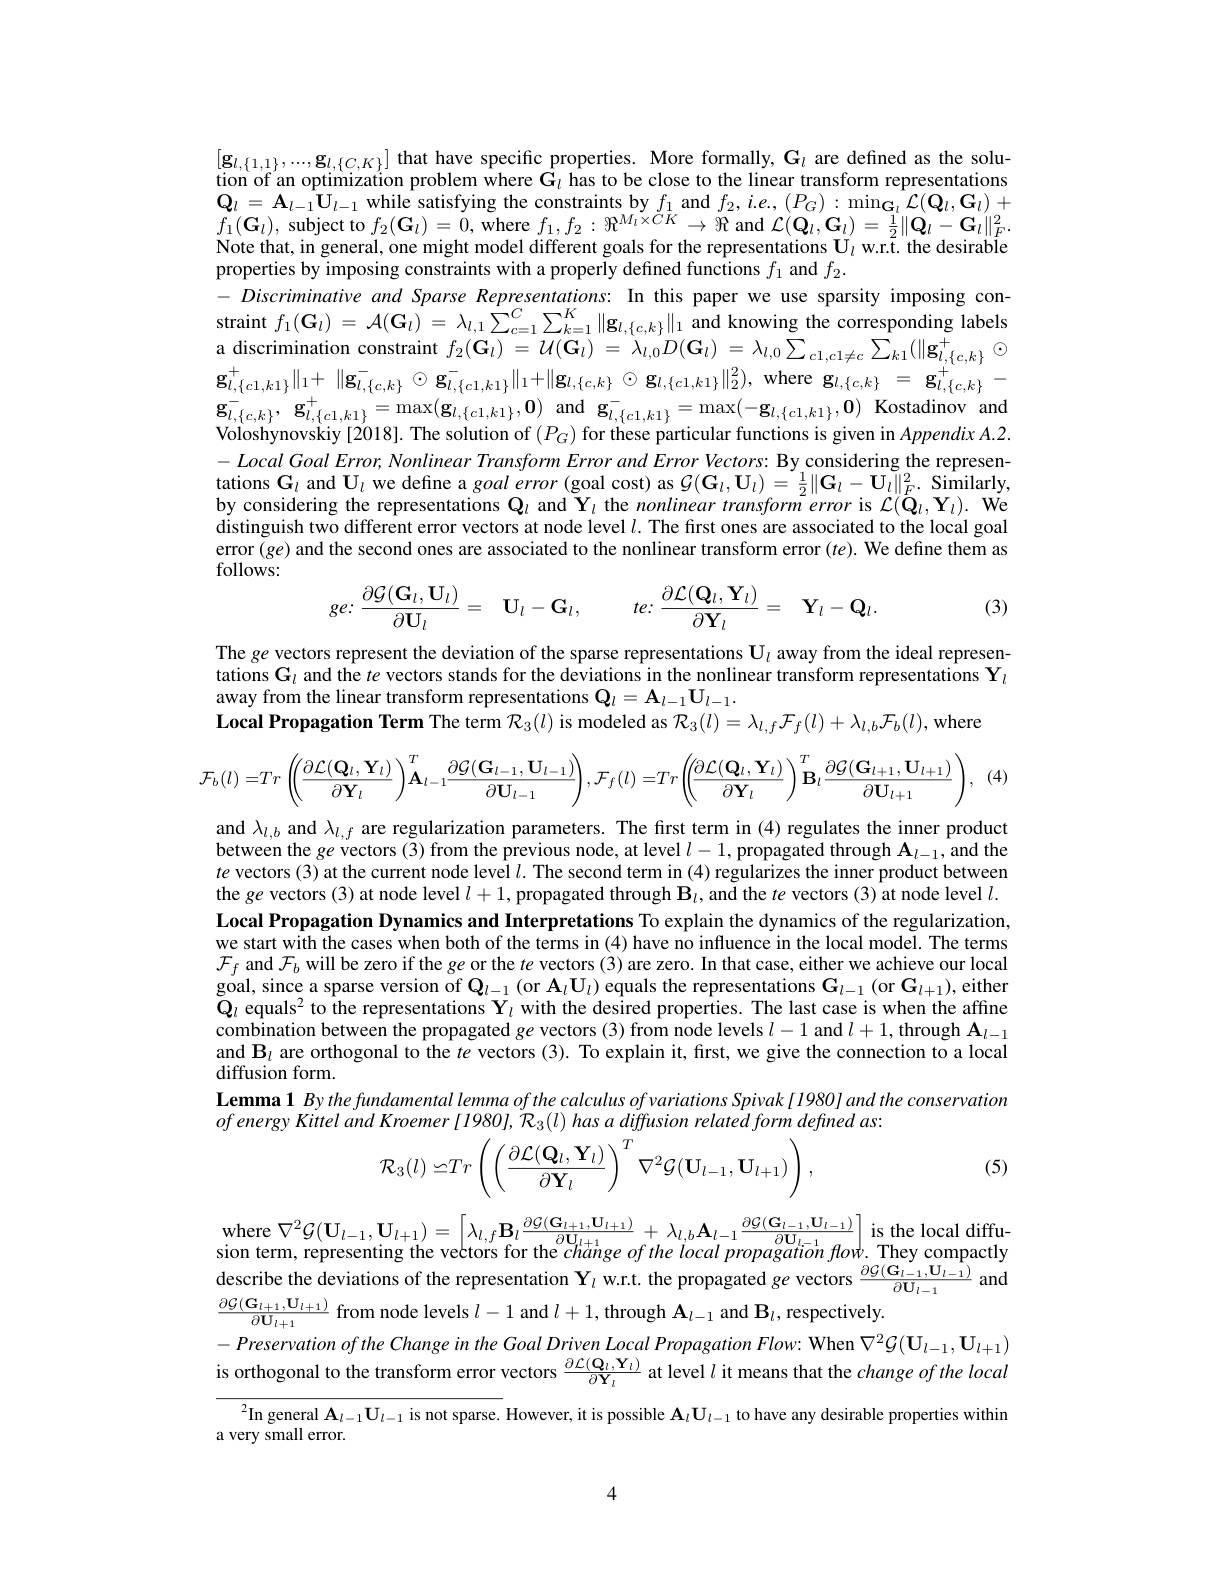
$[\mathbf{g}_{l,\{1,1\}},...,\mathbf{g}_{l,\{C,K\}}]$ that have specific properties. More formally, G$_l$ are defined as the solution of an optimization problem where $\mathbf{G}_{\iota}$ has to be close to the linear transform representations $\mathbf{Q}_{l}=\mathbf{A}_{l-1}\mathbf{U}_{l-1}$ while satisfying the constraints by $f_1$ and $f_2,i.e.,(P_G):\min_{{\mathbf{G}_l}}\mathcal{L}(\mathbf{Q}_l,\mathbf{G}_l)+$ $f_{1}(\mathbf{G}_{l})$, subject to $f_2(\mathbf{G}_{l})=0$, where $f_1,f_2:\Re^{M_{l}\times CK}\to\Re$ and $\mathcal{L}(\mathbf{Q}_{l},\mathbf{G}_{l})=\frac12\|\mathbf{Q}_{l}-\mathbf{G}_{l}\|_{F}^{2}.$ Note that, in general, one might model different goals for the representations $\mathbf{U}_l$ w.r.t. the desirable properties by imposing constraints with a properly defined functions $f_1$ and $f_2.$
- Discriminative and Sparse Representations: In this paper we use sparsity imposing constraint $f_1(\mathbf{G}_l)=\mathcal{A}(\mathbf{G}_l)=\lambda_{l,1}\sum_{c=1}^{C}\sum_{k=1}^{K}\|\mathbf{g}_{l,\{c,k\}}\|_{1}$ and knowing the corresponding labels a discrimination constraint $f_{2}(\mathbf{G}_{l})=\mathcal{U}(\mathbf{G}_{l})=\lambda_{l,0}D(\mathbf{G}_{l})=\lambda_{l,0}\sum_{c1,c1\neq c}\sum_{k1}(\|\mathbf{g}_{l,\{c,k\}}^{+}\odot$ $\mathbf{g}_{l,\{c1,k1\}}^{+}\|_{1}+\|\mathbf{g}_{l,\{c,k\}}^{-}\odot\mathbf{g}_{l,\{c1,k1\}}^{-}\|_{1}+\|\mathbf{g}_{l,\{c,k\}}^{-}\odot\mathbf{g}_{l,\{c1,k1\}}\|_{2}^{2})$,where$\mathbf{g}_{l,\{c,k\}}^{-}=\mathbf{g}_{l,\{c,k\}}^{+}-$ $\mathbf{g} _{l, \{ c, k\} }^{- }$, $\mathbf{g} _{l, \{ c1, k1\} }^{+ }= \max ( \mathbf{g} _{l, \{ c1, k1\} }, \mathbf{0} )$ and$\mathbf{g} _{l, \{ c1, k1\} }^{- }= \max ( - \mathbf{g} _{l, \{ c1, k1\} }, \mathbf{0} )$ Kostadinov and Voloshynovskiy[2018]. The solution of $(P_G)$ for these particular functions is given in $AppendixA.2$ $-LocalGoalError,NonlinearTransformErrorandErrorVectors:$ By considering the representations $\mathbf{G}_{l}$ and $\mathbf{U}_{l}$ we define a goal error (goal cost) as $\mathcal{G}(\mathbf{G}_{l},\mathbf{U}_{l})=\frac12\|\mathbf{G}_{l}-\mathbf{U}_{l}\|_{F}^{2}.$ Similarly, by considering the representations $\mathbf{Q}_l$ and $\mathbf{Y}_l$ the nonlinear transform error is $\mathcal{L}(\mathbf{\tilde{Q}}_l,\mathbf{Y}_l).$ We distinguish two different error vectors at node level $l.$ The first ones are associated to the local goal error $(ge)$ and the second ones are associated to the nonlinear transform error $(te).$ We define them as follows:
$$ge\colon\frac{\partial\mathcal{G}(\mathbf{G}_l,\mathbf{U}_l)}{\partial\mathbf{U}_l}=\quad\mathbf{U}_l-\mathbf{G}_l,\quad te\colon\frac{\partial\mathcal{L}(\mathbf{Q}_l,\mathbf{Y}_l)}{\partial\mathbf{Y}_l}=\quad\mathbf{Y}_l-\mathbf{Q}_l.$$
(3)

The ge vectors represent the deviation of the sparse representations $\mathbf{U}_l$ away from the ideal representations $\mathbf{G}_l$ and the te vectors stands for the deviations in the nonlinear transform representations $\mathbf{Y}_l$ away from the linear transform representations $\mathbf{Q}_l=\mathbf{A}_{l-1}\mathbf{U}_{l-1}.$
Local Propagation Term The term $\mathcal{R}_3(l)$ is modeled as $\mathcal{R}_3(l)=\lambda_l,f\mathcal{F}_f(l)+\lambda_{l,b}\mathcal{F}_b(l)$,where

(4)
$$\mathcal{F}_{b}(l)=Tr\left(\left(\frac{\partial\mathcal{L}(\mathbf{Q}_{l},\mathbf{Y}_{l})}{\partial\mathbf{Y}_{l}}\right)^{T}\mathbf{A}_{l-1}\frac{\partial\mathcal{G}(\mathbf{G}_{l-1},\mathbf{U}_{l-1})}{\partial\mathbf{U}_{l-1}}\right),\mathcal{F}_{f}(l)=Tr\left(\left(\frac{\partial\mathcal{L}(\mathbf{Q}_{l},\mathbf{Y}_{l})}{\partial\mathbf{Y}_{l}}\right)^{T}\mathbf{B}_{l}\frac{\partial\mathcal{G}(\mathbf{G}_{l+1},\mathbf{U}_{l+1})}{\partial\mathbf{U}_{l+1}}\right),$$
and $\lambda_l,b$ and $\lambda_l,f$ are regularization parameters. The first term in (4) regulates the inner product between the $ge$ vectors (3) from the previous node, at level $l-1$, propagated through $\mathbf{A}_l-1$, and the $te$ vectors (3) at the current node level $l.$ The second term in (4) regularizes the inner product between the ge vectors (3) at node level $l+1$,propagated through $\mathbf{B}_l$,and the $te$ vectors (3) at node level $l.$ Local Propagation Dynamics and Interpretations To explain the dynamics of the regularization, we start with the cases when both of the terms in (4) have no influence in the local model. The terms $\mathcal{F}_f$ and $\mathcal{F}_b$ will be zero if the ge or the $te$ vectors (3) are zero. In that case, either we achieve our local goal, since a sparse version of $\mathbf{Q}_{l-1}\left(\mathrm{or~A}_l\mathbf{U}_l\right)$ equals the representations $\mathbf{G}_l-1\left(\mathrm{or~G}_{l+1}\right)$, either $\mathbf{Q}_{l}$ equals$^2$ to the representations $\mathbf{Y}_l$ with the desired properties. The last case is when the affine combination between the propagated ge vectors (3) from node levels $l-1$ and $l+1$, through A$_l-1$ and $\mathbf{B}_l$ are orthogonal to the $te$ vectors (3). To explain it, first, we give the connection to a local diffusion form.
Lemma1 By the fundamental lemma of the calculus of variations Spivak [1980] and the conservation

(5)
$$\mathcal{R}_{3}(l)\simeq Tr\left(\left(\frac{\partial\mathcal{L}(\mathbf{Q}_{l},\mathbf{Y}_{l})}{\partial\mathbf{Y}_{l}}\right)^{T}\nabla^{2}\mathcal{G}(\mathbf{U}_{l-1},\mathbf{U}_{l+1})\right),$$
$$\mathcal{G}(\mathbf{U}_{l-1},\mathbf{U}_{l+1})=\left[\lambda_{l,f}\mathbf{B}_{l}\frac{\partial\mathcal{G}(\mathbf{G}_{l+1},\mathbf{U}_{l+1})}{\partial\mathbf{U}_{l+1}}+\lambda_{l,b}\mathbf{A}_{l-1}\frac{\partial\mathcal{G}(\mathbf{G}_{l-1},\mathbf{U}_{l-1})}{\partial\mathbf{U}_{l-1}}\right]$$
where
is the local diffu-
$\begin{aligned}&\text{sion term, representing the vectors for the change of the local propagation flow. They compactly}\\&\text{describe the deviations of the representation Y}_{l}\mathrm{~w.r.t.~the~propagated~ge~vectors~\frac{\partial G(\mathbf{G}_{l-1},\mathbf{U}_{l-1})}{\partial\mathbf{U}_{l-1}}\mathrm{~and}\\&\text{ac/G W}\end{aligned}{\mathrm{cherib$
$\frac{\partial\mathcal{G}(\mathbf{G}_{l+1},\mathbf{U}_{l+1})}{\partial\mathbf{U}_{l+1}}$ from node levels $l-1$ and $l+1$,through $\mathbf{A}_l-1$ and $\mathbf{B}_l$, respectively.
$-Preservationofthe$ Change in the Goal Driven Local Propagation Flow: When $\nabla^{2}\mathcal{G}(\mathbf{U}_{l-1},\mathbf{U}_{l+1})$ is orthogonal to the transform error vectors $\frac{\partial\mathcal{L}(\mathbf{Q}_{l},\mathbf{Y}_{l})}{\partial\mathbf{Y}_{l}}$ at level $l$ it means that the change of the local

$^2$In general $\mathbf{A}_{l-1}\mathbf{U}_{l-1}$ is not sparse. However, it is possible $\mathbf{A}_l\mathbf{U}_{l-1}$ to have any desirable properties within

a very small error.

4